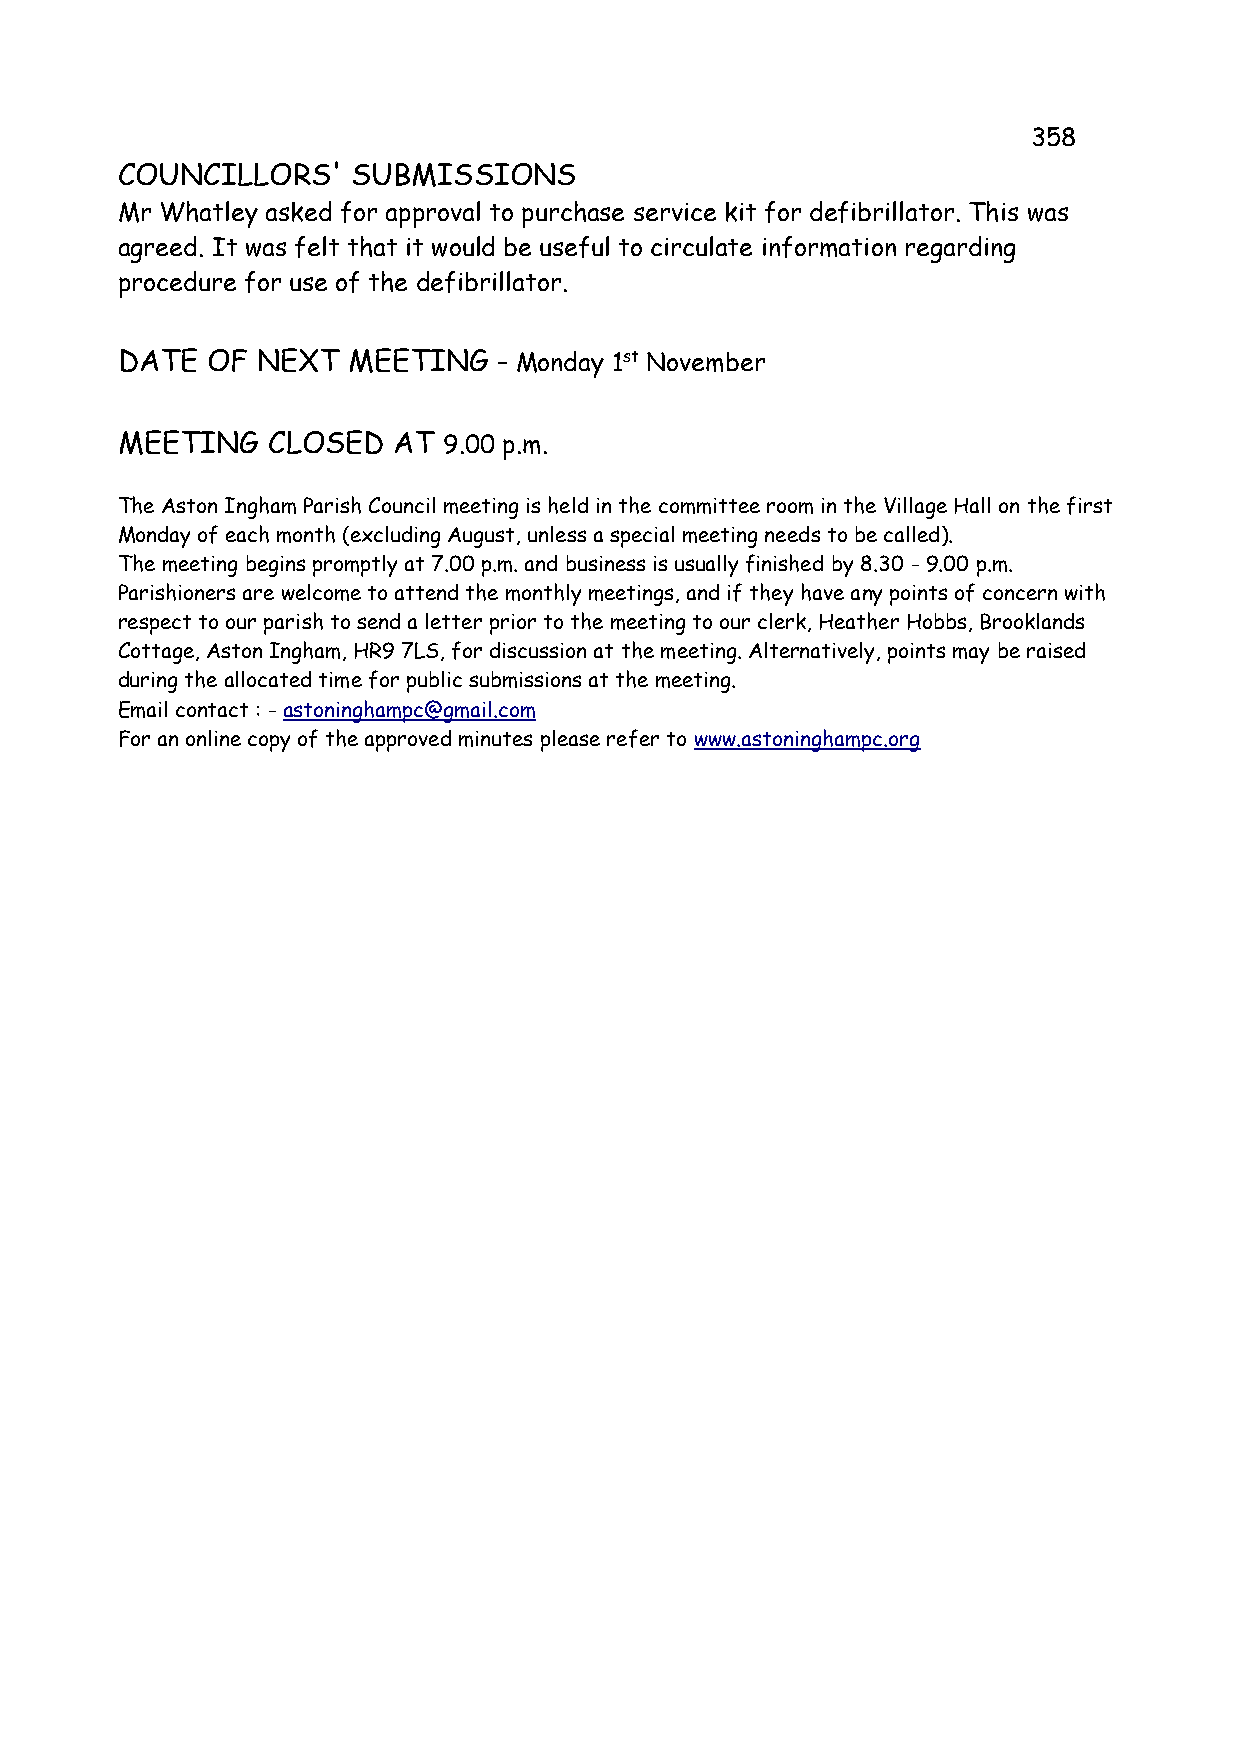
358
 COUNCILLORS'   SUBMISSIONS
 Mr Whatley asked for approval to purchase service kit for defibrillator. This was
 agreed. It was felt that it would be useful to circulate information regarding
 procedure for use of the defibrillator.
 DATE  OF NEXT  MEETING   – Monday 1st November
 MEETING   CLOSED  AT 9.00 p.m.
 The Aston Ingham Parish Council meeting is held in the committee room in the Village Hall on the first
 Monday of each month (excluding August, unless a special meeting needs to be called).
 The meeting begins promptly at 7.00 p.m. and business is usually finished by 8.30 - 9.00 p.m.
 Parishioners are welcome to attend the monthly meetings, and if they have any points of concern with
 respect to our parish to send a letter prior to the meeting to our clerk, Heather Hobbs, Brooklands
 Cottage, Aston Ingham, HR9 7LS, for discussion at the meeting. Alternatively, points may be raised
 during the allocated time for public submissions at the meeting.
 Email contact : - astoninghampc@gmail.com
 For an online copy of the approved minutes please refer to www.astoninghampc.org